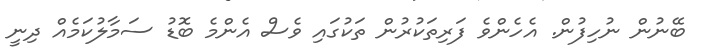
ބޭނުން ނުހިފުން. އެހެންވެ ފަރިތަކުރުން ތަކުގައި ވެސް އެންމެ ބޮޑު ސަމާލުކަމެއް ދިނީ